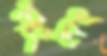
মংমং